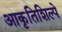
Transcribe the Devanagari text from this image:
आकृतिशिल्पे